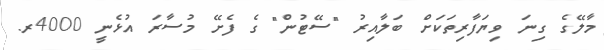
މާލޭގެ ގިނަ ވިޔަފާރިތަކަށް ބަލާއިރު "ސޭޓުން" ގެ ފެށޭ މުސާރަ އުޅެނީ 4000ރ.